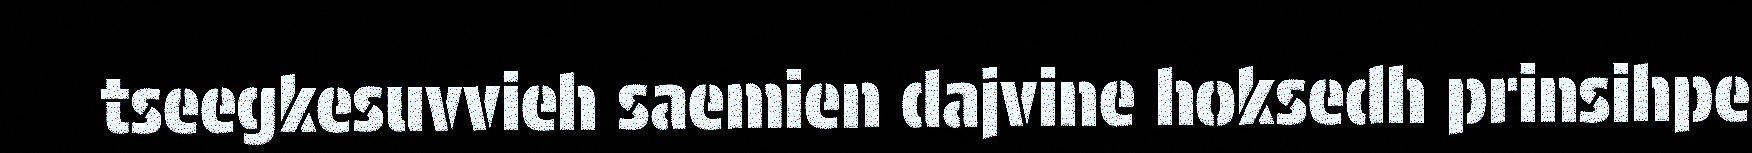
tseegkesuvvieh saemien dajvine hoksedh prinsihpe